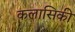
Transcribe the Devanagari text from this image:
कलासिकी